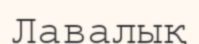
Лавалық